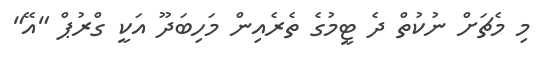
މި މެޗަށް ނުކުތް ދެ ޓީމުގެ ތެރެއިން މަހިބަދޫ އަކީ ގްރުޕް "އޭ"